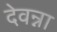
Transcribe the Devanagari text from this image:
देवन्ना